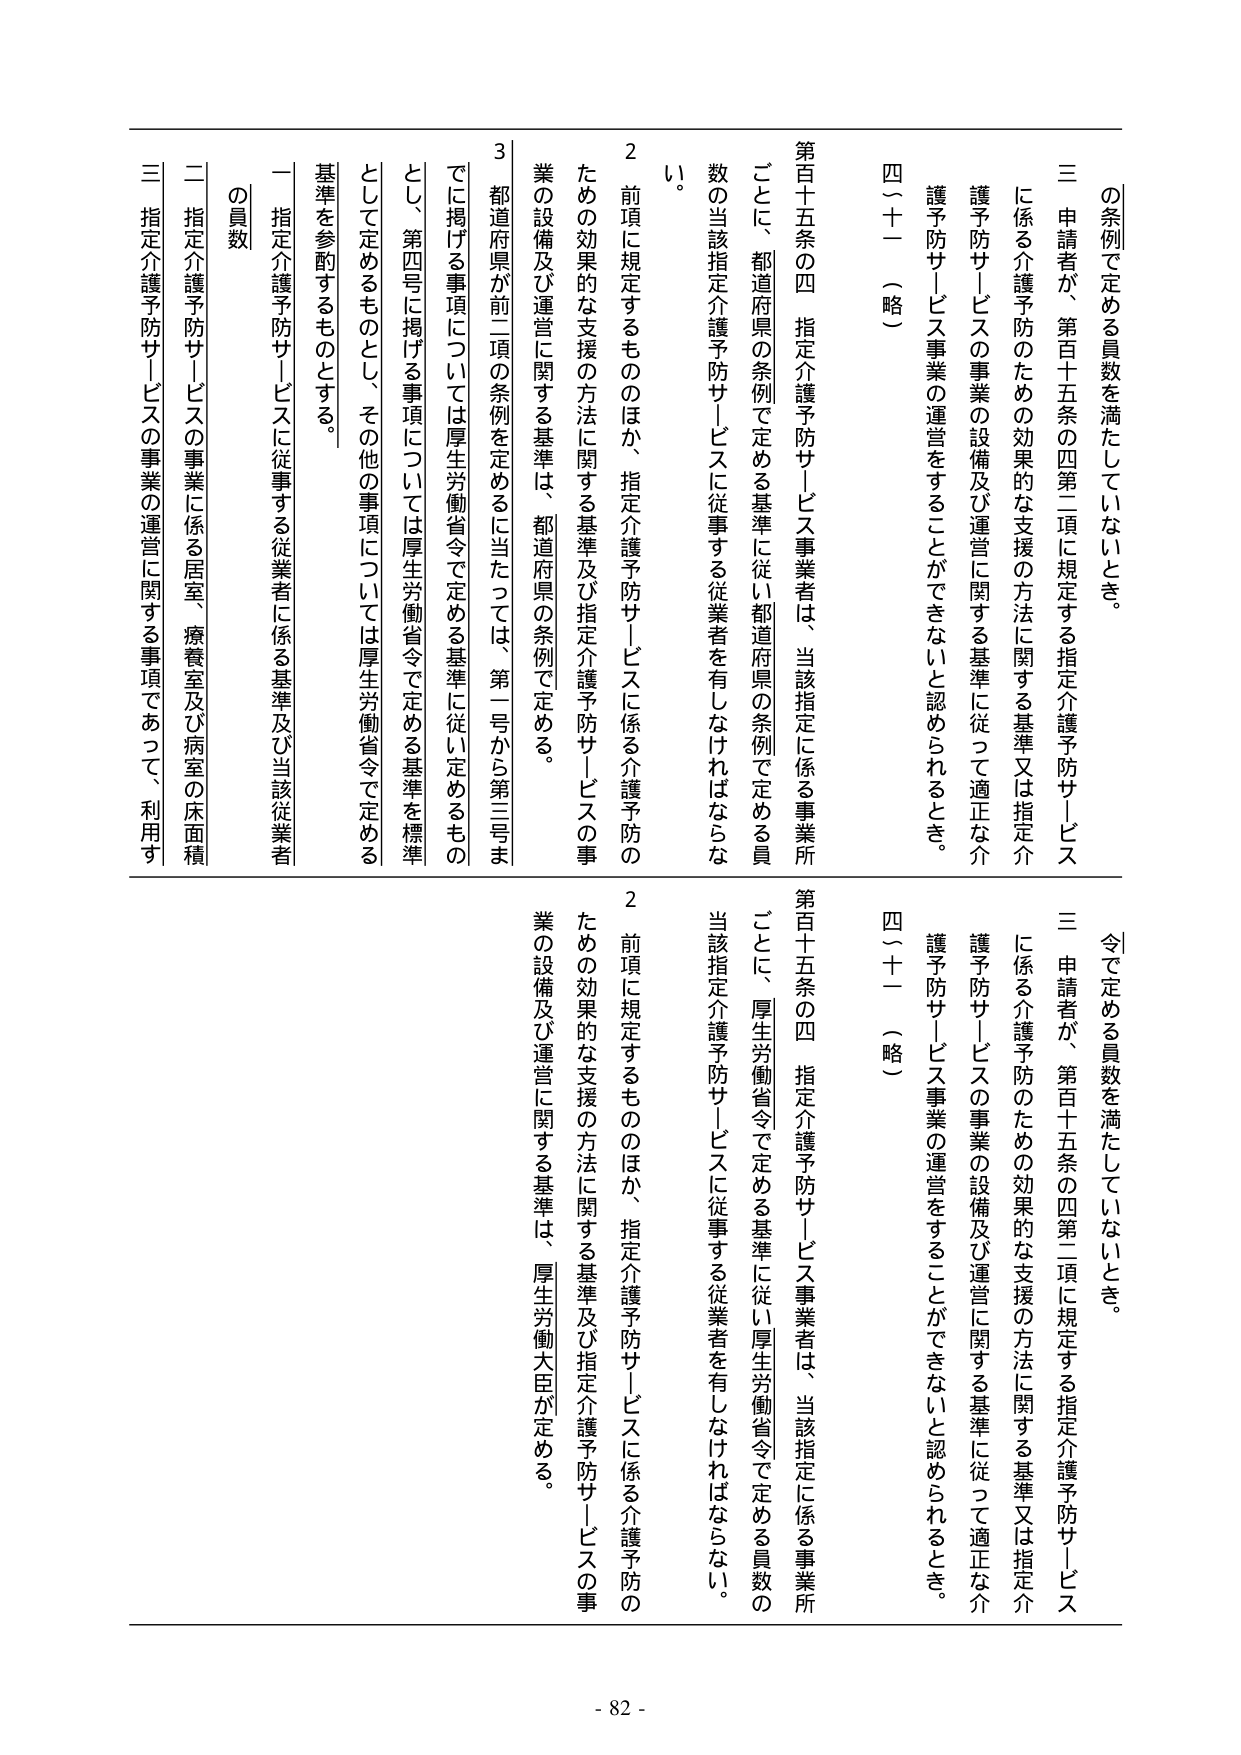
の条例で定める員数を満たしていないとき。

三 申請者が、第百十五条の四第二項に規定する指定介護予防サービスに係る介護予防のための効果的な支援の方法に関する基準又は指定介護予防サービスの事業の設備及び運営に関する基準に従って適正な介護予防サービス事業の運営をすることができないと認められるとき。

四～十一（略）

第百十五条の四 指定介護予防サービス事業者は、当該指定に係る事業所ごとに、都道府県の条例で定める基準に従い都道府県の条例で定める員数の当該指定介護予防サービスに従事する従業者を有しなければならない。

２ 前項に規定するもののほか、指定介護予防サービスに係る介護予防のための効果的な支援の方法に関する基準及び指定介護予防サービスの事業の設備及び運営に関する基準は、都道府県の条例で定める。

３ 都道府県が前二項の条例を定めるに当たっては、第１号から第３号までに掲げる事項については厚生労働省令で定める基準に従い定めるものとし、第４号に掲げる事項については厚生労働省令で定める基準を標準として定めるものとし、その他の事項については厚生労働省令で定める基準を参酌するものとする。

一 指定介護予防サービスに従事する従業者に係る基準及び当該従業者の員数

二 指定介護予防サービスの事業に係る居室、療養室及び病室の床面積

三 指定介護予防サービスの事業の運営に関する事項であって、利用す

令で定める員数を満たしていないとき。

三 申請者が、第百十五条の四第二項に規定する指定介護予防サービスに係る介護予防のための効果的な支援の方法に関する基準又は指定介護予防サービスの事業の設備及び運営に関する基準に従って適正な介護予防サービス事業の運営をすることができないと認められるとき。

四～十一（略）

第百十五条の四 指定介護予防サービス事業者は、当該指定に係る事業所ごとに、厚生労働省令で定める基準に従い厚生労働省令で定める員数の当該指定介護予防サービスに従事する従業者を有しなければならない。

２ 前項に規定するもののほか、指定介護予防サービスに係る介護予防のための効果的な支援の方法に関する基準及び指定介護予防サービスの事業の設備及び運営に関する基準は、厚生労働大臣が定める。

- 82 -